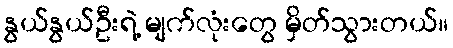
နွယ်နွယ်ဦးရဲ့ မျက်လုံးတွေ မှိတ်သွားတယ်။